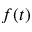
f ( t )